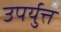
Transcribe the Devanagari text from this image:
उपर्युत्त